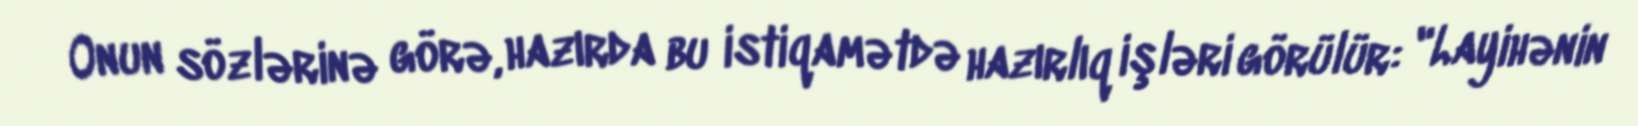
Onun sözlərinə görə, hazırda bu istiqamətdə hazırlıq işləri görülür: "Layihənin